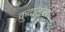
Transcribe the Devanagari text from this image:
कुदालखाड़